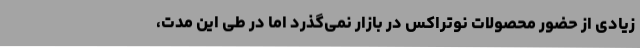
زیادی از حضور محصولات نوتراکس در بازار نمی‌گذرد اما در طی این مدت،